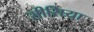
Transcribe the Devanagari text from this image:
सीसिया